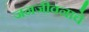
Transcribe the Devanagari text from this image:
जनजीवनाचे